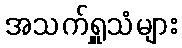
အသက်ရှူသံများ